Annual administration and progress report of the Indian Medical Department, Bombay
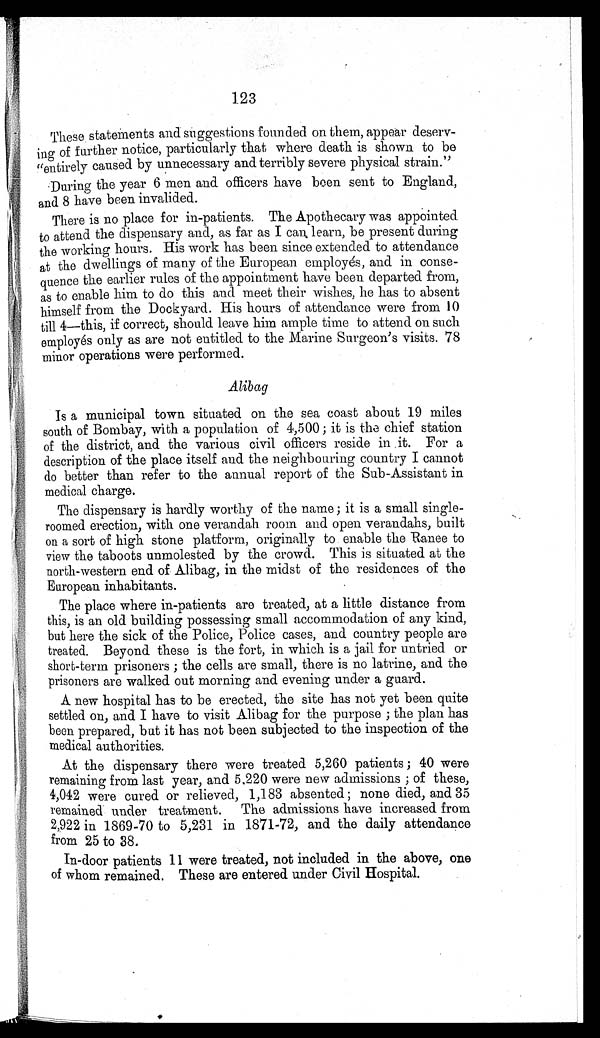
123
These statements and suggestions founded on them, appear deserv-
ing of further notice, particularly that where death is shown to be
"entirely caused by unnecessary and terribly severe physical strain."
During the year 6 men and officers have been sent to England,
and 8 have been invalided.
There is no place for in-patients. The Apothecary was appointed
to attend the dispensary and, as far as I can learn, be present during
the working hours. His work has been since extended to attendance
at the dwellings of many of the European employés, and in conse-
quence the earlier rules of the appointment have been departed from,
as to enable him to do this and meet their wishes, he has to absent
himself from the Dockyard. His hours of attendance were from 10
till 4—this, if correct, should leave him ample time to attend on such
employés only as are not entitled to the Marine Surgeon's visits. 78
minor operations were performed.
Alibag
Is a municipal town situated on the sea coast about 19 miles
south of Bombay, with a population of 4,500; it is the chief station
of the district, and the various civil officers reside in it. For a
description of the place itself and the neighbouring country I cannot
do better than refer to the annual report of the Sub-Assistant in
medical charge.
The dispensary is hardly worthy of the name; it is a small single-
roomed erection, with one verandah room and open verandahs, built
on a sort of high stone platform, originally to enable the Ranee to
view the taboots unmolested by the crowd. This is situated at the
north-western end of Alibag, in the midst of the residences of the
European inhabitants.
The place where in-patients are treated, at a little distance from
this, is an old building possessing small accommodation of any kind,
but here the sick of the Police, Police cases, and country people are
treated. Beyond these is the fort, in which is a jail for untried or
short-term prisoners; the cells are small, there is no latrine, and the
prisoners are walked out morning and evening under a guard.
A new hospital has to be erected, the site has not yet been quite
settled on, and I have to visit Alibag for the purpose; the plan has
been prepared, but it has not been subjected to the inspection of the
medical authorities.
At the dispensary there were treated 5,260 patients; 40 were
remaining from last year, and 5,220 were new admissions; of these,
4,042 were cured or relieved, 1,183 absented; none died, and 35
remained under treatment. The admissions have increased from
2,922 in 1869-70 to 5,231 in 1871-72, and the daily attendance
from 25 to 38.
In-door patients 11 were treated, not included in the above, one
of whom remained. These are entered under Civil Hospital.